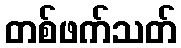
တစ်ဖက်သတ်